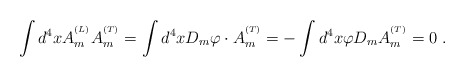
\begin{align*}\int d^4x A_m^{^{(L)}}A_m^{^{(T)}}= \int d^4x D_m\varphi\cdot A_m^{^{(T)}}= -\int d^4x\varphi D_mA_m^{^{(T)}}= 0 ~.\end{align*}